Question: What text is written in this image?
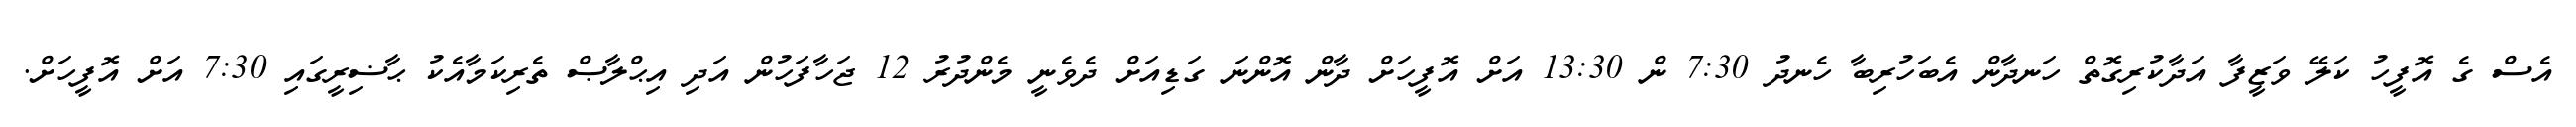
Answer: އެސް ގެ އޮފީހު ކަލޭ ވަޒީފާ އަދާކުރިގޮތް ހަނދާން އެބަހުރިބާ ހެނދު 7:30 ން 13:30 އަށް އޮފީހަށް ދާން އޮންނަ ގަޑިއަށް ދެވެނީ މެންދުރު 12 ޖަހާފަހުން އަދި އިޙްލާޞް ތެރިކަމާއެކު ޙާޟިރީގައި 7:30 އަށް އޮފީހަށް.